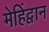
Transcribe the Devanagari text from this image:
मेहिंद्वान